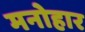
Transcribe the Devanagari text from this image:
मनोहार